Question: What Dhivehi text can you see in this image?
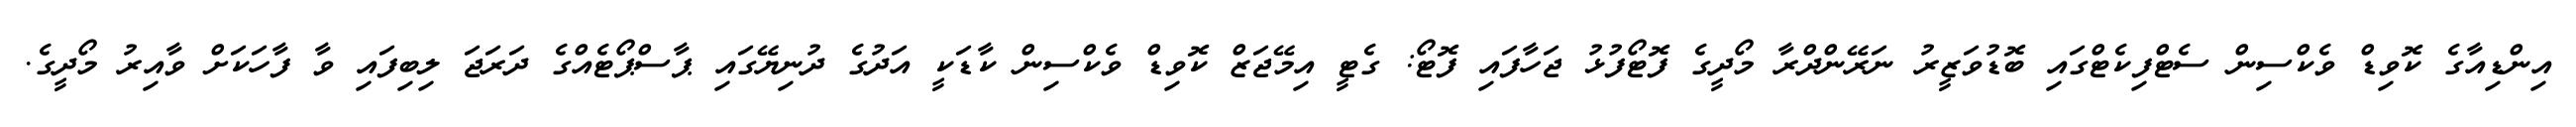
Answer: އިންޑިއާގެ ކޮވިޑް ވެކްސިން ސެޓްފިކެޓްގައި ބޮޑުވަޒީރު ނަރޭންދްރާ މޯދީގެ ފޮޓޯފުޅު ޖަހާފައި ފޮޓޯ: ގެޓީ އިމޭޖަޒް ކޮވިޑް ވެކްސިން ކާޑަކީ އަދުގެ ދުނިޔޭގައި ޕާސްޕޯޓެއްގެ ދަރަޖަ ލިބިފައި ވާ ފާހަކަށް ވާއިރު މޯދީގެ.